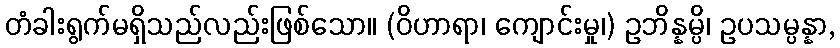
တံခါးရွက်မရှိသည်လည်းဖြစ်သော။ (ဝိဟာရာ၊ ကျောင်းမှု၊) ဥဘိန္နမ္ပိ၊ ဥပသမ္ပန္နာ,